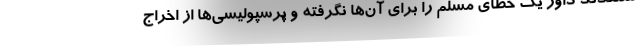
معتقدند داور یک خطای مسلم را برای آن‌ها نگرفته و پرسپولیسی‌ها از اخراج